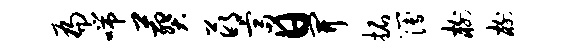
扁喘葬萌富日开拓簿榭榭